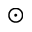
\odot